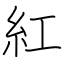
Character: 紅